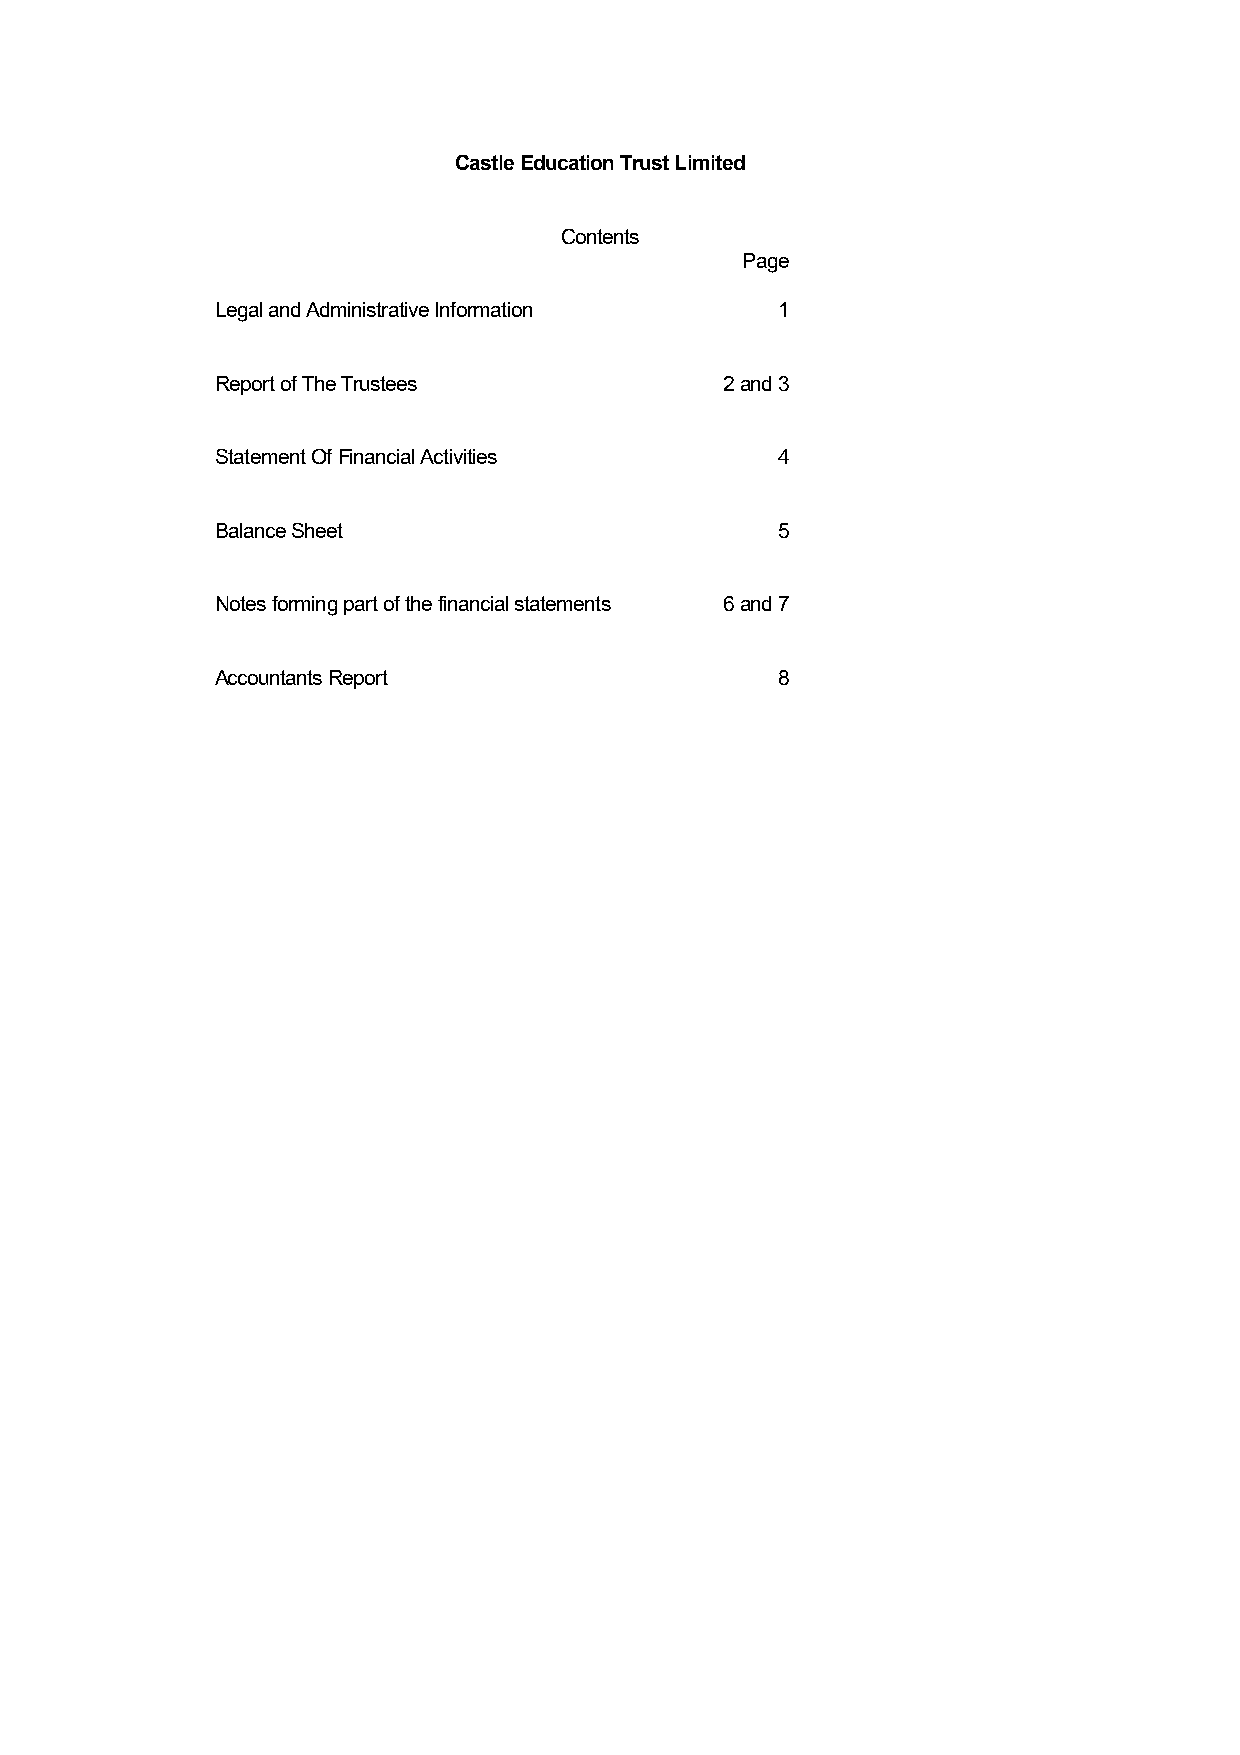
Castle Education Trust Limited
 Contents
 Page
 Legal and Administrative Information 1
 Report of The Trustees            2 and 3
 Statement Of Financial Activities    4
 Balance Sheet                        5
 Notes forming part of the financial statements 6 and 7
 Accountants Report                   8